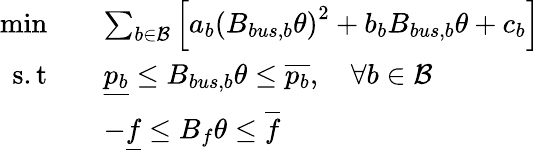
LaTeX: \begin{array}{rl}{\mathrm{min}\quad}&{\sum_{b\in\cal B}\left[a_{b}{(B_{bus,b}\theta)}^{2}+b_{b}B_{bus,b}\theta+c_{b}\right]}\\ {\mathrm{s.t}\quad}&{\underline{{p_{b}}}\leq B_{bus,b}\theta\leq\overline{{p_{b}}},\quad\forall b\in\cal B}\\ &{-\underline{{f}}\leq B_{f}\theta\leq\overline{{f}}}\end{array}